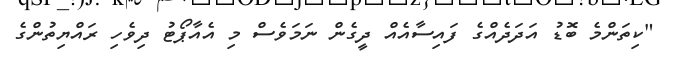
"ކިތަންމެ ބޮޑު އަދަދެއްގެ ފައިސާއެއް ދީގެން ނަމަވެސް މި އެއާޕޯޓު ދިވެހި ރައްޔިތުންގެ